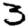
Digit: 3